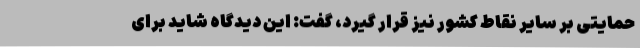
حمایتی بر سایر نقاط کشور نیز قرار گیرد، گفت: این دیدگاه شاید برای